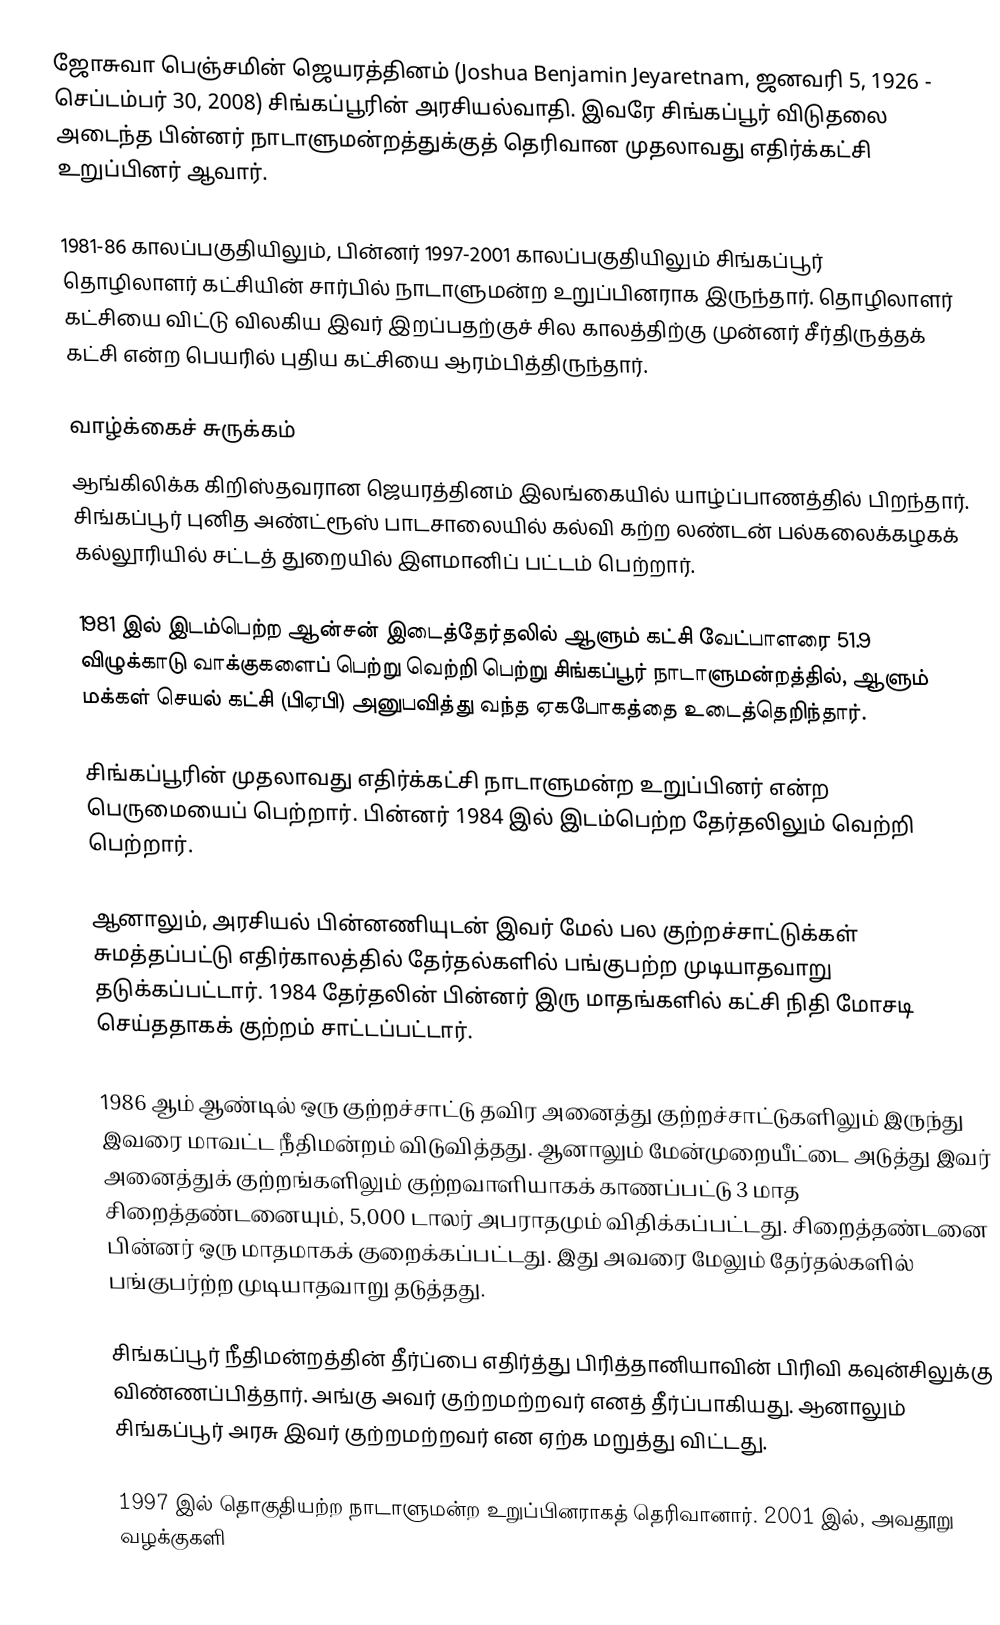
ஜோசுவா பெஞ்சமின் ஜெயரத்தினம் (Joshua Benjamin Jeyaretnam, ஜனவரி 5, 1926 - செப்டம்பர் 30, 2008) சிங்கப்பூரின் அரசியல்வாதி. இவரே சிங்கப்பூர் விடுதலை அடைந்த பின்னர் நாடாளுமன்றத்துக்குத் தெரிவான முதலாவது எதிர்க்கட்சி உறுப்பினர் ஆவார்.

1981-86 காலப்பகுதியிலும், பின்னர் 1997-2001 காலப்பகுதியிலும் சிங்கப்பூர் தொழிலாளர் கட்சியின் சார்பில் நாடாளுமன்ற உறுப்பினராக இருந்தார். தொழிலாளர் கட்சியை விட்டு விலகிய இவர் இறப்பதற்குச் சில காலத்திற்கு முன்னர் சீர்திருத்தக் கட்சி என்ற பெயரில் புதிய கட்சியை ஆரம்பித்திருந்தார்.

வாழ்க்கைச் சுருக்கம்
ஆங்கிலிக்க கிறிஸ்தவரான ஜெயரத்தினம் இலங்கையில் யாழ்ப்பாணத்தில் பிறந்தார். சிங்கப்பூர் புனித அண்ட்ரூஸ் பாடசாலையில் கல்வி கற்ற லண்டன் பல்கலைக்கழகக் கல்லூரியில் சட்டத் துறையில் இளமானிப் பட்டம் பெற்றார்.

1981 இல் இடம்பெற்ற ஆன்சன் இடைத்தேர்தலில் ஆளும் கட்சி வேட்பாளரை 51.9 விழுக்காடு வாக்குகளைப் பெற்று வெற்றி பெற்று சிங்கப்பூர் நாடாளுமன்றத்தில், ஆளும் மக்கள் செயல் கட்சி (பிஏபி) அனுபவித்து வந்த ஏகபோகத்தை உடைத்தெறிந்தார்.

சிங்கப்பூரின் முதலாவது எதிர்க்கட்சி நாடாளுமன்ற உறுப்பினர் என்ற பெருமையைப் பெற்றார். பின்னர் 1984 இல் இடம்பெற்ற தேர்தலிலும் வெற்றி பெற்றார்.

ஆனாலும், அரசியல் பின்னணியுடன் இவர் மேல் பல குற்றச்சாட்டுக்கள் சுமத்தப்பட்டு எதிர்காலத்தில் தேர்தல்களில் பங்குபற்ற முடியாதவாறு தடுக்கப்பட்டார். 1984 தேர்தலின் பின்னர் இரு மாதங்களில் கட்சி நிதி மோசடி செய்ததாகக் குற்றம் சாட்டப்பட்டார்.

1986 ஆம் ஆண்டில் ஒரு குற்றச்சாட்டு தவிர அனைத்து குற்றச்சாட்டுகளிலும் இருந்து இவரை மாவட்ட நீதிமன்றம் விடுவித்தது. ஆனாலும் மேன்முறையீட்டை அடுத்து இவர் அனைத்துக் குற்றங்களிலும் குற்றவாளியாகக் காணப்பட்டு 3 மாத சிறைத்தண்டனையும், 5,000 டாலர் அபராதமும் விதிக்கப்பட்டது. சிறைத்தண்டனை பின்னர் ஒரு மாதமாகக் குறைக்கப்பட்டது. இது அவரை மேலும் தேர்தல்களில் பங்குபர்ற்ற முடியாதவாறு தடுத்தது.

சிங்கப்பூர் நீதிமன்றத்தின் தீர்ப்பை எதிர்த்து பிரித்தானியாவின் பிரிவி கவுன்சிலுக்கு விண்ணப்பித்தார். அங்கு அவர் குற்றமற்றவர் எனத் தீர்ப்பாகியது. ஆனாலும் சிங்கப்பூர் அரசு இவர் குற்றமற்றவர் என ஏற்க மறுத்து விட்டது.

1997 இல் தொகுதியற்ற நாடாளுமன்ற உறுப்பினராகத் தெரிவானார். 2001 இல், அவதூறு வழக்குகளி